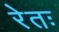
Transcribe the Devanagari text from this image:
रेतः